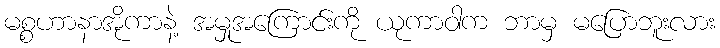
မစ္စဟာနာအိုကာနဲ့ အမှုအကြောင်းကို ယုကာဝါက ဘာမှ မပြောဘူးလား